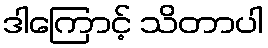
ဒါကြောင့် သိတာပါ